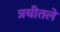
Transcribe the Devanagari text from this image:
त्रयीतले